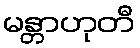
မန္တာဟုတီ